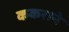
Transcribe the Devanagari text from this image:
ककराने